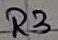
Text: R3